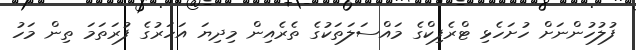
ފުލުހުންނަށް ހުށަހެޅި ޓްރެފިކްގެ މައްސަލަތަކުގެ ތެރެއިން މިދިޔަ އަހަރުގެ ފުރަތަމަ ތިން މަހު